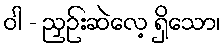
ဝါ - ညှဉ်းဆဲလေ့ ရှိသော၊